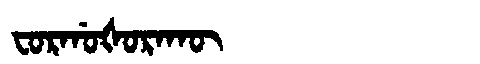
Manchu: ᠸᠣᡵᡤᠣᡧᠣᡵᠠᡴᡡ
Romanization: FORGOŠORAKŪ